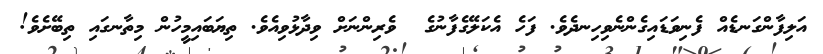
އަލިފާންގަނޑެއް ފެނިވަޑައިގެންނެވިހިނދެވެ. ފަހެ އެކަލޭގެފާނުގެ  ވެރިންނަށް ވިދާޅުވިއެވެ. ތިޔަބައިމީހުން މިތާނގައި ތިބޭށެވެ!